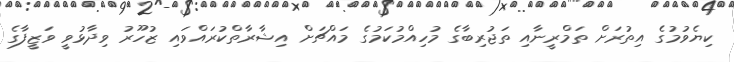
ކިޔެވުމުގެ އިތުރަށް ތަމްރީނާއި ތަޖުރިބާގެ މުހިއްމުކަމުގެ މައްޗަށް އިޝާރާތްކުރައްވައި ޒުހޫރު ވިދާޅުވީ ވަޒީފާގެ